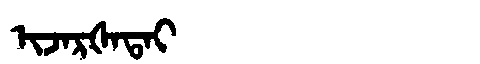
Manchu: ᡳᠵᠠᡵᡧᠠᡨᠠᡳ
Romanization: IJARŠATAI